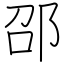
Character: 邵